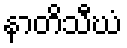
နာတိသီဃံ